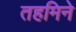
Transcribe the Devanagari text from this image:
तहमिने